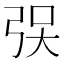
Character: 𫸯